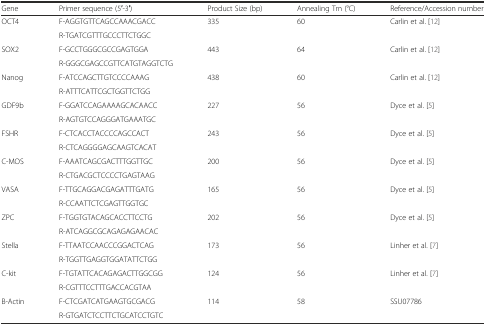
<table><thead><tr><td><b>Gene</b></td><td><b>Primer sequence (5′-3′)</b></td><td><b>Product Size (bp)</b></td><td><b>Annealing Tm (°C)</b></td><td><b>Reference/Accession number</b></td></tr></thead><tbody><tr><td rowspan="2">OCT4</td><td>F-AGGTGTTCAGCCAAACGACC</td><td rowspan="2">335</td><td rowspan="2">60</td><td rowspan="2">Carlin et al. [12]</td></tr><tr><td>R-TGATCGTTTGCCCTTCTGGC</td></tr><tr><td rowspan="2">SOX2</td><td>F-GCCTGGGCGCCGAGTGGA</td><td rowspan="2">443</td><td rowspan="2">64</td><td rowspan="2">Carlin et al. [12]</td></tr><tr><td>R-GGGCGAGCCGTTCATGTAGGTCTG</td></tr><tr><td rowspan="2">Nanog</td><td>F-ATCCAGCTTGTCCCCAAAG</td><td rowspan="2">438</td><td rowspan="2">60</td><td rowspan="2">Carlin et al. [12]</td></tr><tr><td>R-ATTTCATTCGCTGGTTCTGG</td></tr><tr><td rowspan="2">GDF9b</td><td>F-GGATCCAGAAAAGCACAACC</td><td rowspan="2">227</td><td rowspan="2">56</td><td rowspan="2">Dyce et al. [5]</td></tr><tr><td>R-AGTGTCCAGGGATGAAATGC</td></tr><tr><td rowspan="2">FSHR</td><td>F-CTCACCTACCCCAGCCACT</td><td rowspan="2">243</td><td rowspan="2">56</td><td rowspan="2">Dyce et al. [5]</td></tr><tr><td>R-CTCAGGGGAGCAAGTCACAT</td></tr><tr><td rowspan="2">C-MOS</td><td>F-AAATCAGCGACTTTGGTTGC</td><td rowspan="2">200</td><td rowspan="2">56</td><td rowspan="2">Dyce et al. [5]</td></tr><tr><td>R-CTGACGCTCCCCTGAGTAAG</td></tr><tr><td rowspan="2">VASA</td><td>F-TTGCAGGACGAGATTTGATG</td><td rowspan="2">165</td><td rowspan="2">56</td><td rowspan="2">Dyce et al. [5]</td></tr><tr><td>R-CCAATTCTCGAGTTGGTGC</td></tr><tr><td rowspan="2">ZPC</td><td>F-TGGTGTACAGCACCTTCCTG</td><td rowspan="2">202</td><td rowspan="2">56</td><td rowspan="2">Dyce et al. [5]</td></tr><tr><td>R-ATCAGGCGCAGAGAGAACAC</td></tr><tr><td rowspan="2">Stella</td><td>F-TTAATCCAACCCGGACTCAG</td><td rowspan="2">173</td><td rowspan="2">56</td><td rowspan="2">Linher et al. [7]</td></tr><tr><td>R-TGGTTGAGGTGGATATTCTGG</td></tr><tr><td rowspan="2">C-kit</td><td>F-TGTATTCACAGAGACTTGGCGG</td><td rowspan="2">124</td><td rowspan="2">56</td><td rowspan="2">Linher et al. [7]</td></tr><tr><td>R-CGTTTCCTTTGACCACGTAA</td></tr><tr><td rowspan="2">Β-Actin</td><td>F-CTCGATCATGAAGTGCGACG</td><td rowspan="2">114</td><td rowspan="2">58</td><td rowspan="2">SSU07786</td></tr><tr><td>R-GTGATCTCCTTCTGCATCCTGTC</td></tr></tbody></table>